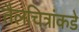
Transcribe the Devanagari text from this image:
तैलचित्रांकडे